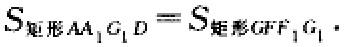
$S_{矩形AA_{1}C_{1}D}=S_{矩形GF_{1}F_{1}G_{1}}$